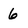
Character: 6